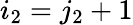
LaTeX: i_{2}=j_{2}+1